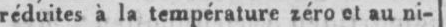
réduites à la température zéro et au ni-